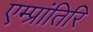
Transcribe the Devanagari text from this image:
एम्प्रांतिरि